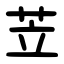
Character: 苙